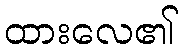
ထားလေ၏